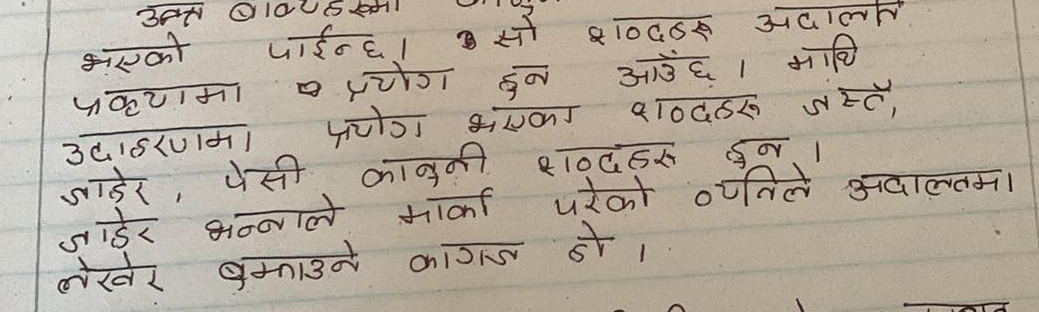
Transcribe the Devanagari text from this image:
उक्त बाब
भएको
पाईन्छ ।
• सो शब्दठरु अदालत
प्रकृयामा प्रयोग हुन आउँछ । माथि
उदाहरणमा प्रयोग भएका शब्दहरु जस्तै,
जाहेर, पेसी कानूनी शब्दहरू हुन ।
जाहेर भन्नाले मार्का परेको व्यतिले अदालतमा
लेखेर बताउने कागज हो ।